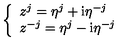
\left\{ \begin{array} { l } { z ^ { j } = \eta ^ { j } + \mathrm { i } \eta ^ { - j } } \\ { z ^ { - j } = \eta ^ { j } - \mathrm { i } \eta ^ { - j } } \\ \end{array} \right.